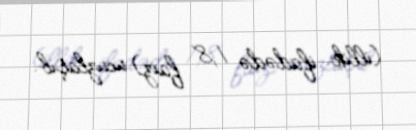
(illik ifadədə 1,8 faiz) ucuzlaşıb.